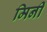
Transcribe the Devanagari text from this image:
मिनी